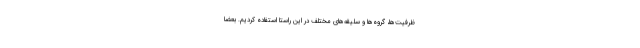
ظرفیت‌ها، گروه‌ها و سلیقه‌های مختلف در این راستا استفاده کردیم. بعضا